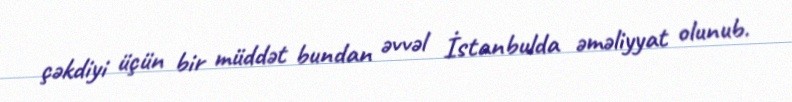
çəkdiyi üçün bir müddət bundan əvvəl İstanbulda əməliyyat olunub.